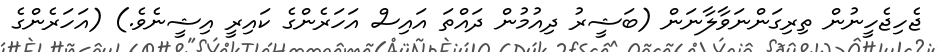
ޖެހިޖެހީނުން ތިރިގަންނަވާލާނަން (ބަޝީރު ދިއުމުން ދައްތަ އައިސް އަހަރެންގެ ކައިރީ އިޝީނެވެ.) (އަހަރެންގެ